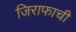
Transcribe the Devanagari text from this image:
जिराफाची